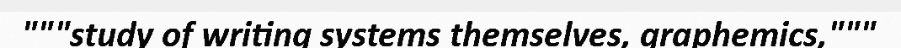
"""study of writing systems themselves, graphemics,"""